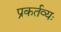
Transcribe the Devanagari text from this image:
प्रकर्तव्यः